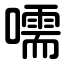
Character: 嚅